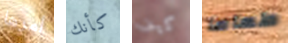
أمرها كأنك كيف طعاما